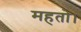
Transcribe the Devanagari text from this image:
महतो।